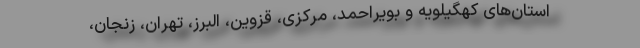
استان‌های کهگیلویه و بویراحمد، مرکزی، قزوین، البرز، تهران، زنجان،